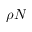
\rho N